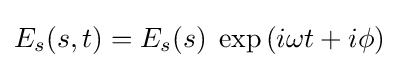
E_{s}(s,t)=E_{s}(s)\;\exp \left(i\omega t+i\phi \right)